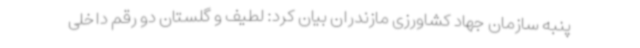
پنبه سازمان جهاد کشاورزی مازندران بیان کرد: لطیف و گلستان دو رقم داخلی